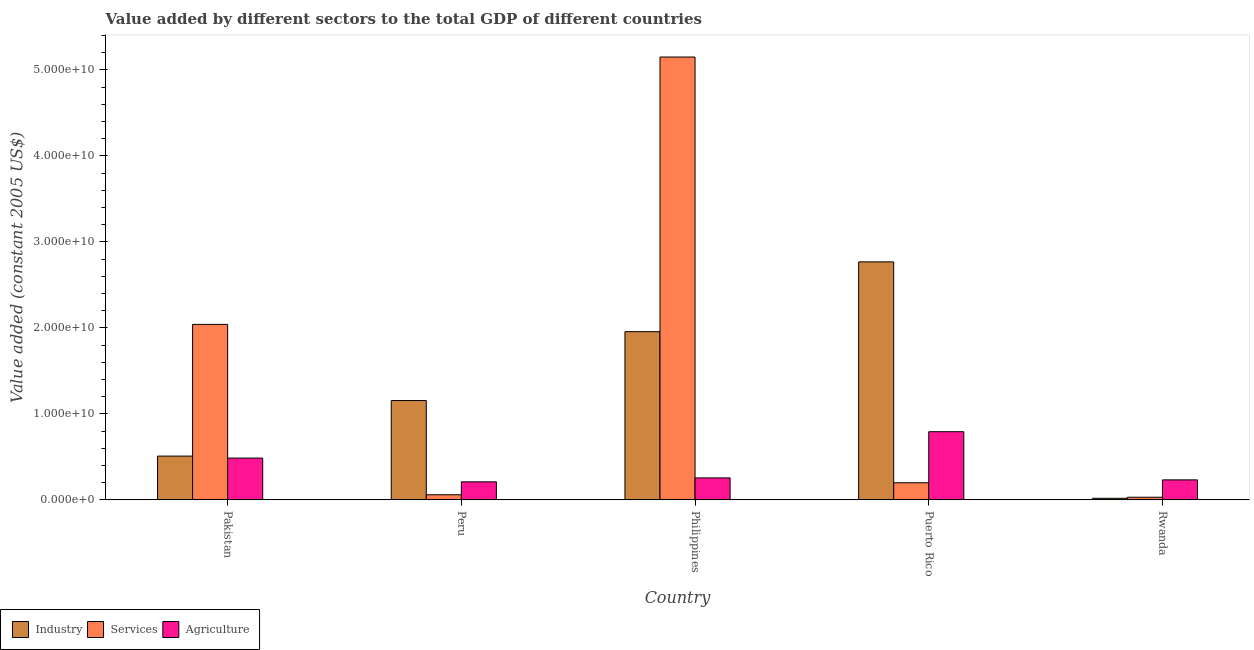
| Country | Industry | Services | Agriculture |
 | --- | --- | --- | --- |
 | Pakistan | 5.09e+09 | 2.04e+10 | 4.85e+09 |
 | Peru | 1.15e+10 | 5.91e+08 | 2.09e+09 |
 | Philippines | 1.96e+10 | 5.15e+10 | 2.55e+09 |
 | Puerto Rico | 2.77e+10 | 1.99e+09 | 7.92e+09 |
 | Rwanda | 1.81e+08 | 3.03e+08 | 2.32e+09 |